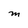
Character: M